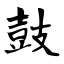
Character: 鼓